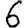
Digit: 6